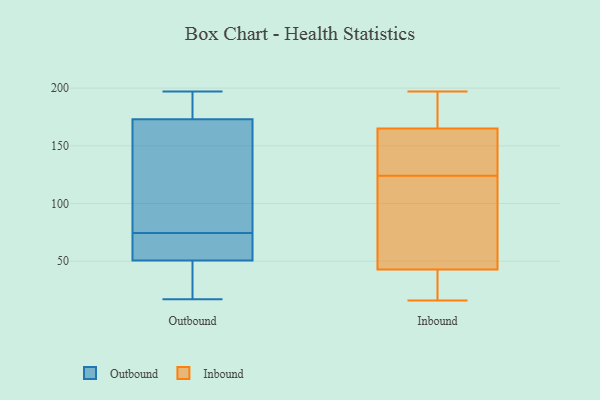
{"axis": {"x": "Waste Production (Tons)", "y": "Value"}, "legend": ["Inbound", "Outbound"], "data": [{"x": "", "y": 186, "type": "Outbound"}, {"x": "", "y": 160, "type": "Outbound"}, {"x": "", "y": 106, "type": "Outbound"}, {"x": "", "y": 195, "type": "Outbound"}, {"x": "", "y": 24, "type": "Outbound"}, {"x": "", "y": 53, "type": "Outbound"}, {"x": "", "y": 39, "type": "Outbound"}, {"x": "", "y": 129, "type": "Outbound"}, {"x": "", "y": 73, "type": "Outbound"}, {"x": "", "y": 48, "type": "Outbound"}, {"x": "", "y": 197, "type": "Outbound"}, {"x": "", "y": 70, "type": "Outbound"}, {"x": "", "y": 76, "type": "Outbound"}, {"x": "", "y": 17, "type": "Outbound"}, {"x": "", "y": 66, "type": "Outbound"}, {"x": "", "y": 187, "type": "Outbound"}, {"x": "", "y": 130, "type": "Inbound"}, {"x": "", "y": 95, "type": "Inbound"}, {"x": "", "y": 154, "type": "Inbound"}, {"x": "", "y": 39, "type": "Inbound"}, {"x": "", "y": 188, "type": "Inbound"}, {"x": "", "y": 31, "type": "Inbound"}, {"x": "", "y": 165, "type": "Inbound"}, {"x": "", "y": 165, "type": "Inbound"}, {"x": "", "y": 197, "type": "Inbound"}, {"x": "", "y": 124, "type": "Inbound"}, {"x": "", "y": 114, "type": "Inbound"}, {"x": "", "y": 16, "type": "Inbound"}, {"x": "", "y": 44, "type": "Inbound"}]}